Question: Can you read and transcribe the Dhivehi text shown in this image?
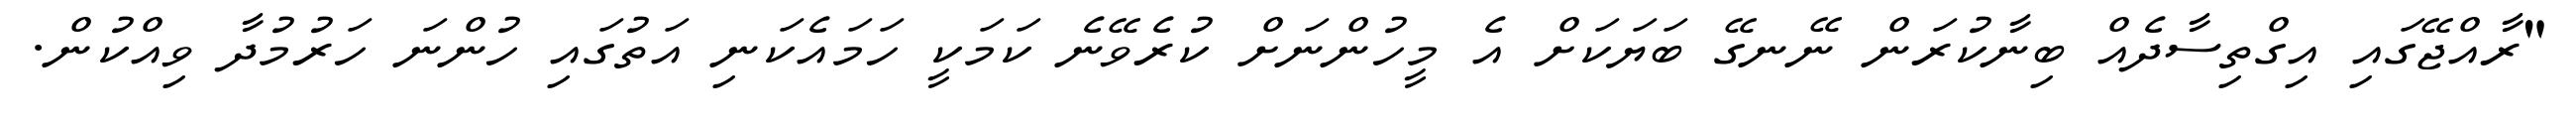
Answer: "ރާއްޖޭގައި އިގްތިސާދެއް ބިނާކުރަން ނޭނގޭ ބަޔަކަށް އެ މީހުންނަށް ކުރެވޭނެ ކަމަކީ ހަމައެކަނި އަތުގައި ހުންނަ ހަރުމުދާ ވިއްކުން.